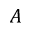
A